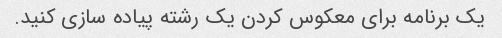
یک برنامه برای معکوس کردن یک رشته پیاده سازی کنید.